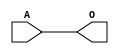
module JCBUFB(A, O);
input   A;
output  O;
buf g0(O, A);
endmodule